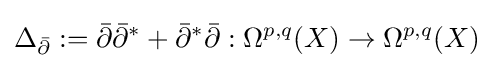
\Delta _{\bar {\partial }}:={\bar {\partial }}{\bar {\partial }}^{*}+{\bar {\partial }}^{*}{\bar {\partial }}:\Omega ^{p,q}(X)\to \Omega ^{p,q}(X)